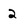
Character: 2